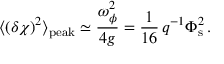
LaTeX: \langle ( \delta \chi ) ^ { 2 } \rangle _ { \mathrm { p e a k } } \simeq \frac { \omega _ { \phi } ^ { 2 } } { 4 g } = \frac { 1 } { 1 6 } \, q ^ { - 1 } \Phi _ { \mathrm { s } } ^ { 2 } \, .